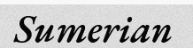
Sumerian